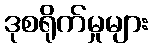
ဒုစရိုက်မှုများ